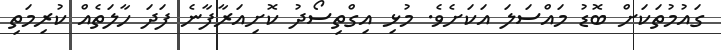
ގައުމުތަކަށް ބޮޑު މައްސަލަ އަކަށެވެ. މުޅި އިގްތިސޯދު ކޮށިއަރާފާނެ ފަދަ ހާލަތެއް ކުރިމަތި